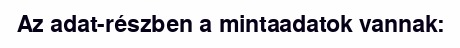
Az adat-részben a mintaadatok vannak: